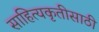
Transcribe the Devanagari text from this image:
साहित्यकृतीसाठी